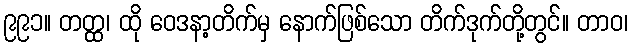
၉၉၁။ တတ္ထ၊ ထို ဝေဒနာ့တိက်မှ နောက်ဖြစ်သော တိက်ဒုက်တို့တွင်။ တာဝ၊